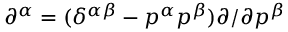
\partial ^ { \alpha } = ( \delta ^ { \alpha \beta } - p ^ { \alpha } p ^ { \beta } ) \partial / \partial p ^ { \beta }